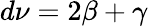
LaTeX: d\nu=2\beta+\gamma